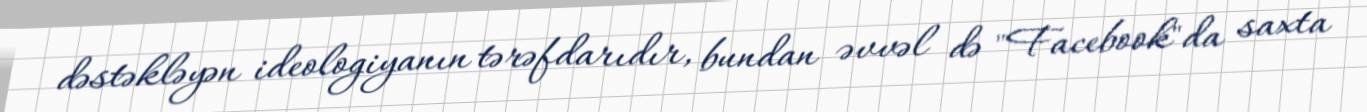
dəstəkləyən ideologiyanın tərəfdarıdır, bundan əvvəl də "Facebook"da saxta